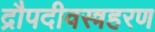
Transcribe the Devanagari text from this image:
द्रौपदीवस्त्रहरण